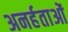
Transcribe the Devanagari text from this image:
अनर्हताओं